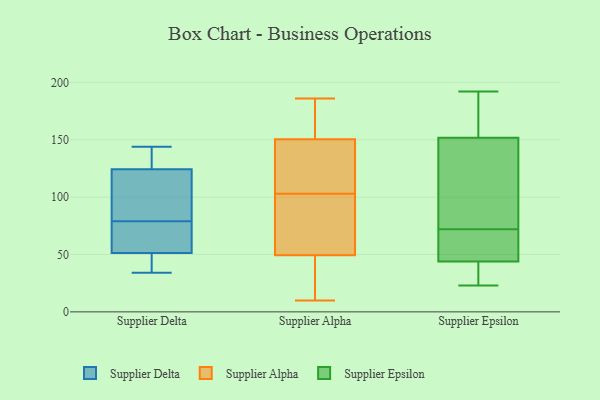
{"axis": {"x": "Satisfaction Score", "y": "Value"}, "legend": ["Supplier Alpha", "Supplier Delta", "Supplier Epsilon"], "data": [{"x": "", "y": 64, "type": "Supplier Delta"}, {"x": "", "y": 133, "type": "Supplier Delta"}, {"x": "", "y": 126, "type": "Supplier Delta"}, {"x": "", "y": 144, "type": "Supplier Delta"}, {"x": "", "y": 34, "type": "Supplier Delta"}, {"x": "", "y": 119, "type": "Supplier Delta"}, {"x": "", "y": 36, "type": "Supplier Delta"}, {"x": "", "y": 55, "type": "Supplier Delta"}, {"x": "", "y": 113, "type": "Supplier Delta"}, {"x": "", "y": 79, "type": "Supplier Delta"}, {"x": "", "y": 50, "type": "Supplier Delta"}, {"x": "", "y": 186, "type": "Supplier Alpha"}, {"x": "", "y": 10, "type": "Supplier Alpha"}, {"x": "", "y": 47, "type": "Supplier Alpha"}, {"x": "", "y": 89, "type": "Supplier Alpha"}, {"x": "", "y": 131, "type": "Supplier Alpha"}, {"x": "", "y": 115, "type": "Supplier Alpha"}, {"x": "", "y": 103, "type": "Supplier Alpha"}, {"x": "", "y": 49, "type": "Supplier Alpha"}, {"x": "", "y": 50, "type": "Supplier Alpha"}, {"x": "", "y": 157, "type": "Supplier Alpha"}, {"x": "", "y": 159, "type": "Supplier Alpha"}, {"x": "", "y": 72, "type": "Supplier Epsilon"}, {"x": "", "y": 59, "type": "Supplier Epsilon"}, {"x": "", "y": 23, "type": "Supplier Epsilon"}, {"x": "", "y": 157, "type": "Supplier Epsilon"}, {"x": "", "y": 192, "type": "Supplier Epsilon"}, {"x": "", "y": 158, "type": "Supplier Epsilon"}, {"x": "", "y": 87, "type": "Supplier Epsilon"}, {"x": "", "y": 104, "type": "Supplier Epsilon"}, {"x": "", "y": 72, "type": "Supplier Epsilon"}, {"x": "", "y": 41, "type": "Supplier Epsilon"}, {"x": "", "y": 38, "type": "Supplier Epsilon"}, {"x": "", "y": 45, "type": "Supplier Epsilon"}, {"x": "", "y": 150, "type": "Supplier Epsilon"}]}